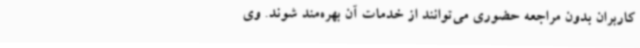
کاربران بدون مراجعه حضوری می‌توانند از خدمات آن بهره‌مند شوند. وی